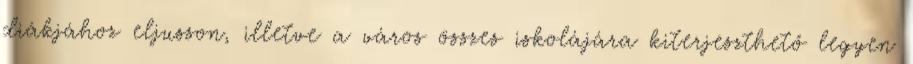
diákjához eljusson, illetve a város összes iskolájára kiterjeszthető legyen